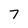
Character: 7